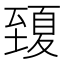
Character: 𦥍